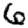
Digit: 6